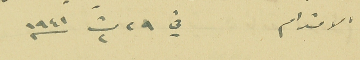
الاحترام في ٢٩ ت٢ سنه ١٩٤١